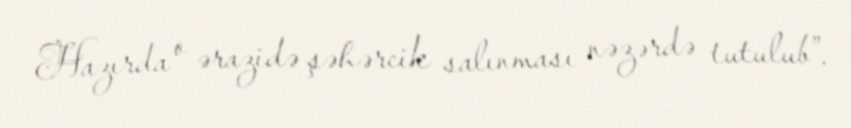
Hazırda o ərazidə şəhərcik salınması nəzərdə tutulub”.